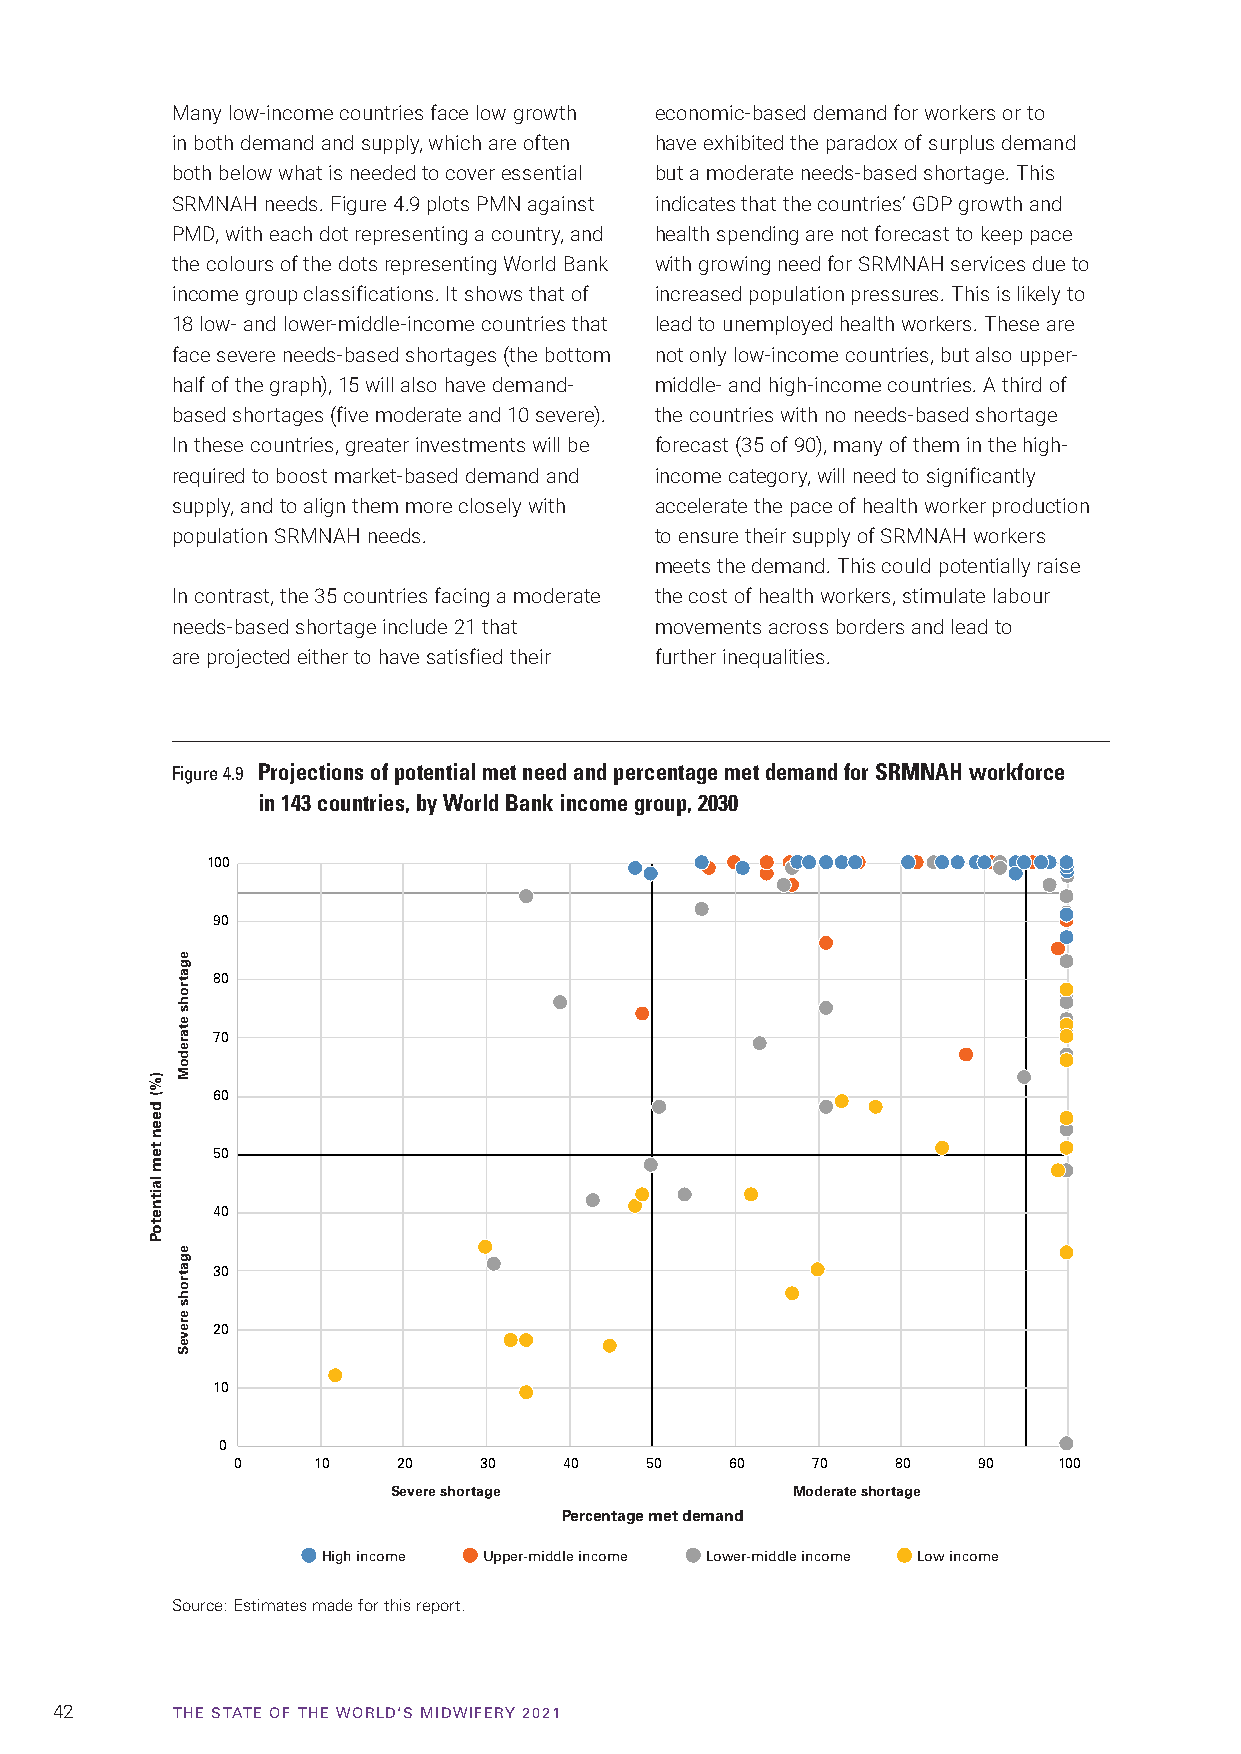
Many low-income countries face low growth economic-based demand for workers or to
 in both demand and supply, which are often have exhibited the paradox of surplus demand
 both below what is needed to cover essential but a moderate needs-based shortage. This
 SRMNAH needs. Figure 4.9 plots PMN against indicates that the countries’ GDP growth and
 PMD, with each dot representing a country, and health spending are not forecast to keep pace
 the colours of the dots representing World Bank with growing need for SRMNAH services due to
 income group classifications. It shows that of increased population pressures. This is likely to
 18 low- and lower-middle-income countries that lead to unemployed health workers. These are
 face severe needs-based shortages (the bottom not only low-income countries, but also upper-
 half of the graph), 15 will also have demand- middle- and high-income countries. A third of
 based shortages (five moderate and 10 severe). the countries with no needs-based shortage
 In these countries, greater investments will be forecast (35 of 90), many of them in the high-
 required to boost market-based demand and income category, will need to significantly
 supply, and to align them more closely with accelerate the pace of health worker production
 population SRMNAH needs.        to ensure their supply of SRMNAH workers
 meets the demand. This could potentially raise
 In contrast, the 35 countries facing a moderate the cost of health workers, stimulate labour
 needs-based shortage include 21 that movements across borders and lead to
 are projected either to have satisfied their further inequalities.
 Figure 4.9 Projections of potential met need and percentage met demand for SRMNAH workforce
 in 143 countries, by World Bank income group, 2030
 100
 90
 80
 70
 60
 50
 40
 30
 20
 10
 0
 0    10   20    30   40    50   60    70   80    90   100
 Severe shortage           Moderate shortage
 Percentage met demand
 High income Upper-middle income Lower-middle income Low income
 Source: Estimates made for this report.
 42      TTHHEE SSTTAATTEE OOFF TTHHEE WWOORRLLDD‘‘SS MMIIDDWWIIFFEERRYY 22002211
 )%(
 deen
 tem
 laitnetoP
 egatrohs
 etaredoM
 egatrohs
 ereveS